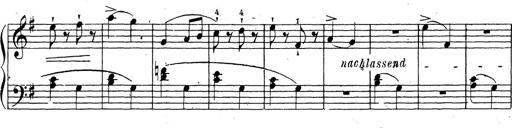
Title: 10 Sonatinas
Composer: Fritz Spindler